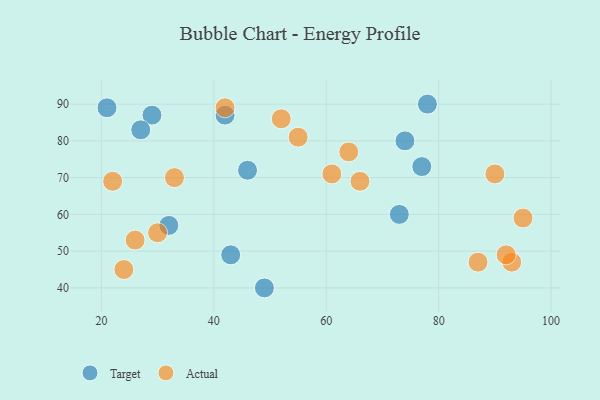
{"axis": {"x": "GDP", "y": "Life Expectancy"}, "legend": ["Actual", "Target"], "data": [{"x": "42", "y": 87, "type": "Target"}, {"x": "74", "y": 80, "type": "Target"}, {"x": "21", "y": 89, "type": "Target"}, {"x": "29", "y": 87, "type": "Target"}, {"x": "46", "y": 72, "type": "Target"}, {"x": "43", "y": 49, "type": "Target"}, {"x": "49", "y": 40, "type": "Target"}, {"x": "77", "y": 73, "type": "Target"}, {"x": "27", "y": 83, "type": "Target"}, {"x": "73", "y": 60, "type": "Target"}, {"x": "78", "y": 90, "type": "Target"}, {"x": "32", "y": 57, "type": "Target"}, {"x": "61", "y": 71, "type": "Actual"}, {"x": "95", "y": 59, "type": "Actual"}, {"x": "66", "y": 69, "type": "Actual"}, {"x": "64", "y": 77, "type": "Actual"}, {"x": "93", "y": 47, "type": "Actual"}, {"x": "26", "y": 53, "type": "Actual"}, {"x": "92", "y": 49, "type": "Actual"}, {"x": "33", "y": 70, "type": "Actual"}, {"x": "52", "y": 86, "type": "Actual"}, {"x": "87", "y": 47, "type": "Actual"}, {"x": "22", "y": 69, "type": "Actual"}, {"x": "42", "y": 89, "type": "Actual"}, {"x": "90", "y": 71, "type": "Actual"}, {"x": "24", "y": 45, "type": "Actual"}, {"x": "30", "y": 55, "type": "Actual"}, {"x": "55", "y": 81, "type": "Actual"}]}